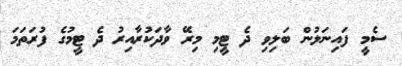
ސެމީ ފައިނަލުން ބަލިވި ދެ ޓީމި މިރޭ ވާދަކުރާއިރު ދެ ޓީމުގެ ފުރަތަމަ